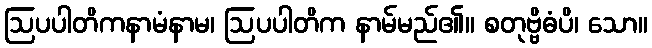
ဩပပါတိကနာမံနာမ၊ ဩပပါတိက နာမ်မည်၏။ စတုဗ္ဗိဓံပိ၊ သော။